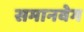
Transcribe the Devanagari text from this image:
समानवेग